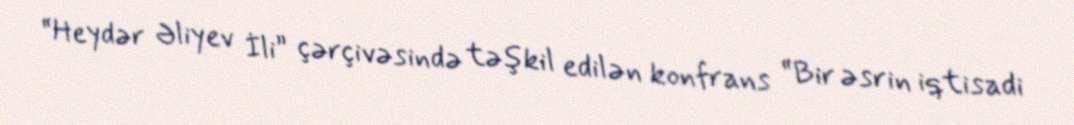
“Heydər Əliyev İli” çərçivəsində təşkil edilən konfrans “Bir əsrin iqtisadi